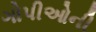
ગોપીઓની